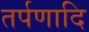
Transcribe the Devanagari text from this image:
तर्पणादि